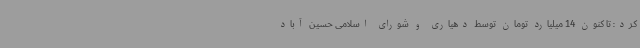
کرد: تا کنون 14 میلیارد تومان توسط دهیاری و شورای اسلامی حسین آباد